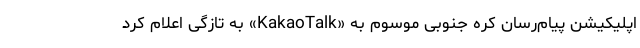
اپلیکیشن پیام‌رسان کره جنوبی موسوم به «KakaoTalk» به تازگی اعلام کرد